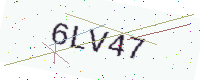
Text: 6LV47